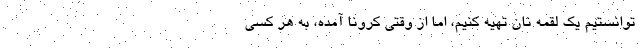
توانستیم یک لقمه نان تهیه کنیم، اما از وقتی کرونا آمده، به هر کسی